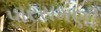
પારસમણી